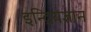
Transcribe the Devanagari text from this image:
इन्द्रियज्ञान